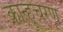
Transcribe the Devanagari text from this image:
कान्हूचरण